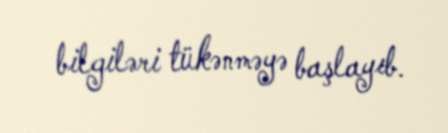
bilgiləri tükənməyə başlayıb.